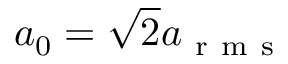
a _ { 0 } = \sqrt { 2 } a _ { \mathrm { ~ r ~ m ~ s ~ } }